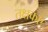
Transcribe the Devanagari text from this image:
तक्षकए